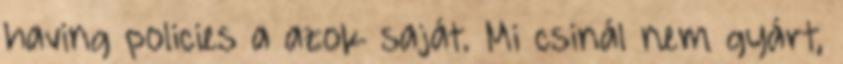
having policies a azok saját. Mi csinál nem gyárt,